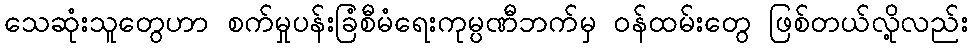
သေဆုံးသူတွေဟာ စက်မှုပန်းခြံစီမံရေးကုမ္ပဏီဘက်မှ ဝန်ထမ်းတွေ ဖြစ်တယ်လို့လည်း